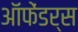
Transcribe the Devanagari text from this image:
ऑफेंडर्स